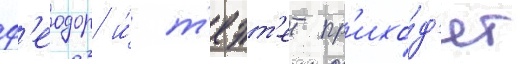
ф'еодор и́ т'еэт'ет пр'ихо́д'ят